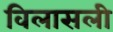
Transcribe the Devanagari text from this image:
विलासली